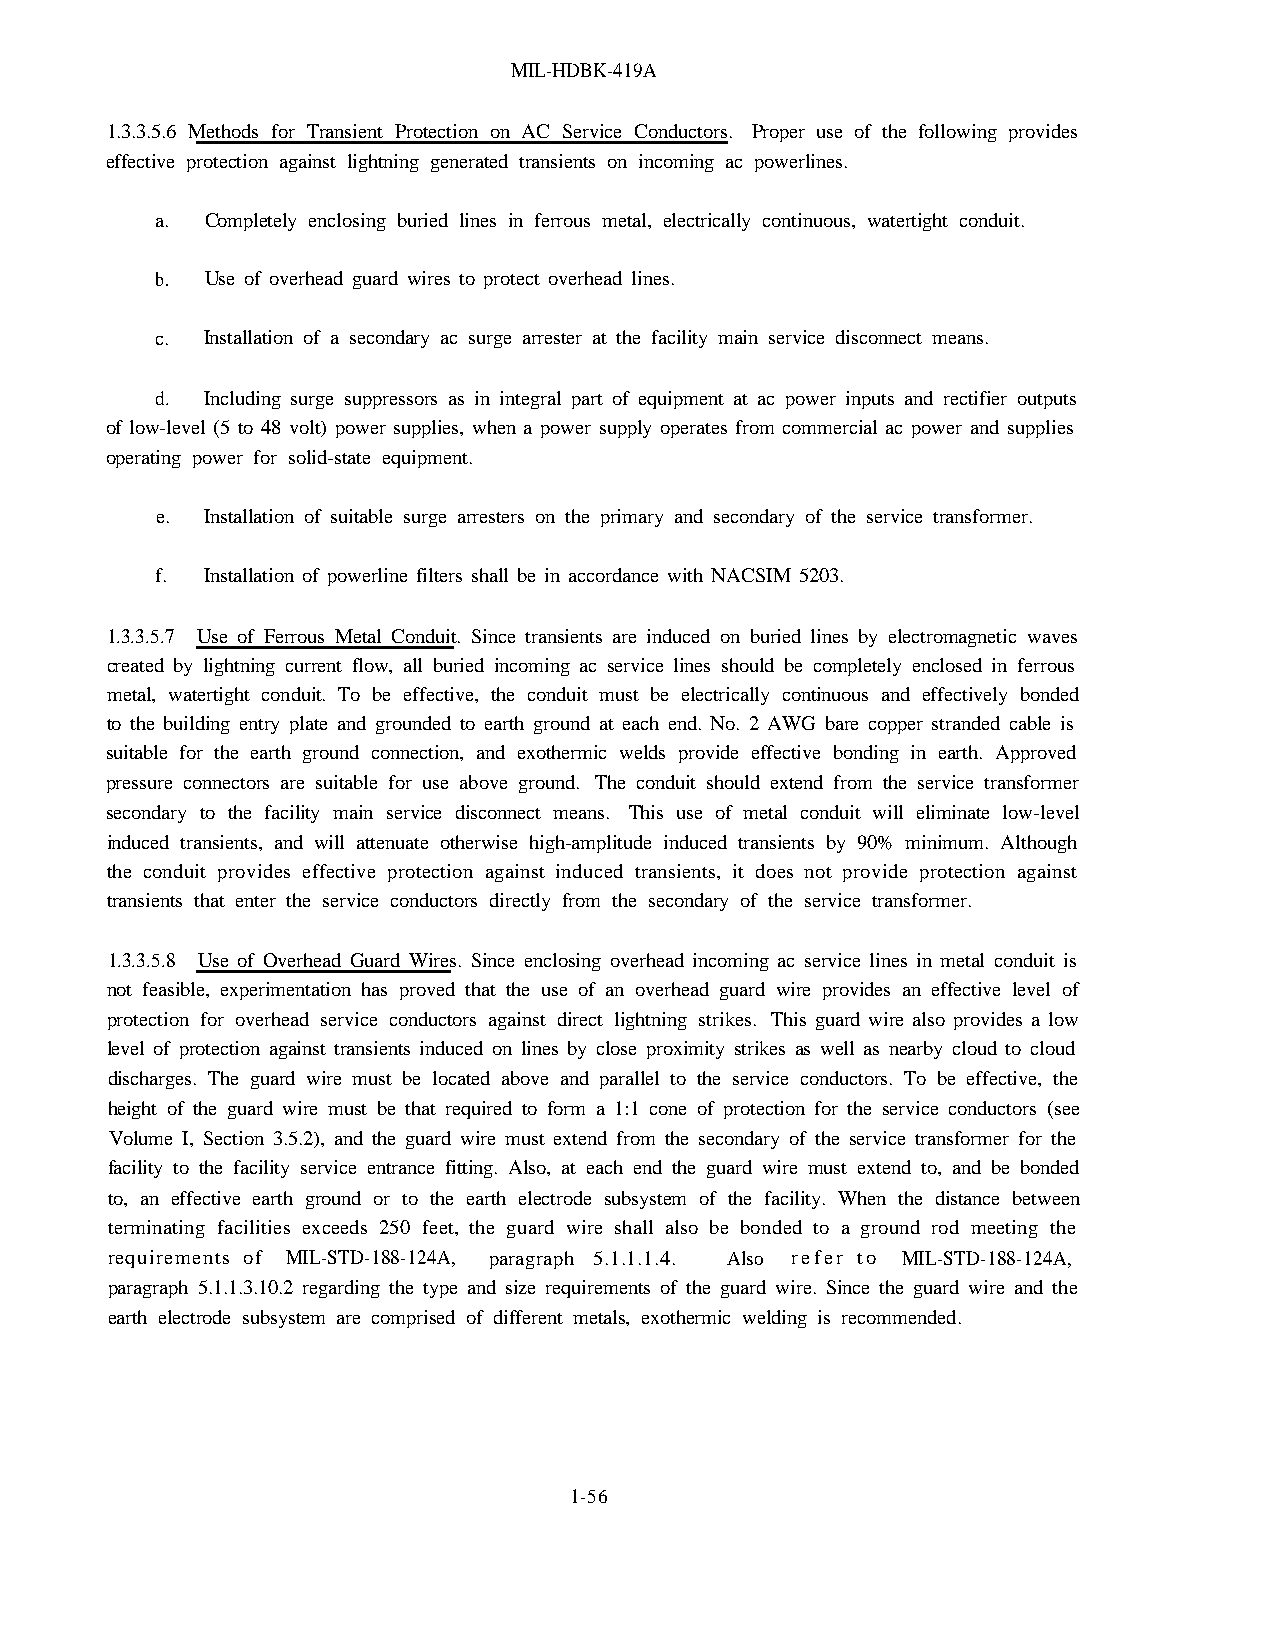
MIL-HDBK-419A
 1.3.3.5.6 Methods for Transient Protection on AC Service Conductors. Proper use of the following provides
 effective protection against lightning generated transients on incoming ac powerlines.
 a.  Completely enclosing buried lines in ferrous metal, electrically continuous, watertight conduit.
 b.  Use of overhead guard wires to protect overhead lines.
 c. Installation of a secondary ac surge arrester at the facility main service disconnect means.
 d.  Including surge suppressors as in integral part of equipment at ac power inputs and rectifier outputs
 of low-level (5 to 48 volt) power supplies, when a power supply operates from commercial ac power and supplies
 operating power for solid-state equipment.
 e.  Installation of suitable surge arresters on the primary and secondary of the service transformer.
 f.  Installation of powerline filters shall be in accordance with NACSIM 5203.
 1.3.3.5.7 Use of Ferrous Metal Conduit. Since transients are induced on buried lines by electromagnetic waves
 created by lightning current flow, all buried incoming ac service lines should be completely enclosed in ferrous
 metal, watertight conduit. To be effective, the conduit must be electrically continuous and effectively bonded
 to the building entry plate and grounded to earth ground at each end. No. 2 AWG bare copper stranded cable is
 suitable for the earth ground connection, and exothermic welds provide effective bonding in earth. Approved
 pressure connectors are suitable for use above ground. The conduit should extend from the service transformer
 secondary to the facility main service disconnect means. This use of metal conduit will eliminate low-level
 induced transients, and will attenuate otherwise high-amplitude induced transients by 90% minimum. Although
 the conduit provides effective protection against induced transients, it does not provide protection against
 transients that enter the service conductors directly from the secondary of the service transformer.
 1.3.3.5.8 Use of Overhead Guard Wires. Since enclosing overhead incoming ac service lines in metal conduit is
 not feasible, experimentation has proved that the use of an overhead guard wire provides an effective level of
 protection for overhead service conductors against direct lightning strikes. This guard wire also provides a low
 level of protection against transients induced on lines by close proximity strikes as well as nearby cloud to cloud
 discharges. The guard wire must be located above and parallel to the service conductors. To be effective, the
 height of the guard wire must be that required to form a 1:1 cone of protection for the service conductors (see
 Volume I, Section 3.5.2), and the guard wire must extend from the secondary of the service transformer for the
 facility to the facility service entrance fitting. Also, at each end the guard wire must extend to, and be bonded
 to, an effective earth ground or to the earth electrode subsystem of the facility. When the distance between
 terminating facilities exceeds 250 feet, the guard wire shall also be bonded to a ground rod meeting the
 requirements of MIL-STD-188-124A, paragraph 5.1.1.1.4. Also refer to MIL-STD-188-124A,
 paragraph 5.1.1.3.10.2 regarding the type and size requirements of the guard wire. Since the guard wire and the
 earth electrode subsystem are comprised of different metals, exothermic welding is recommended.
 1-56